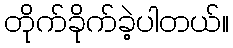
တိုက်ခိုက်ခဲ့ပါတယ်။